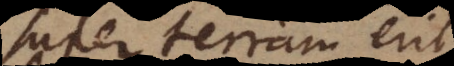
super terram erit